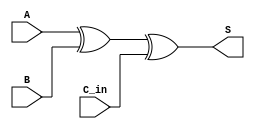
module fullAdderNoC(input A, input B, input C_in, output S);

assign S = A ^ B ^ C_in;

endmodule